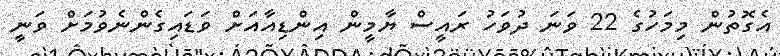
އެގޮތުން މިމަހުގެ 22 ވަނަ ދުވަހު ރައީސް ޔާމީން އިންޑިއާއަށް ވަޑައިގެންނެވުމަށް ވަނީ